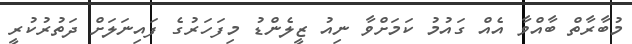
މުބާރާތް ބާއްވާ އެއް ގައުމު ކަމަށްވާ ނިއު ޒީލެންޑު މިފަަހަރުގެ ފައިނަލަށް ދަތުރުކުރީ